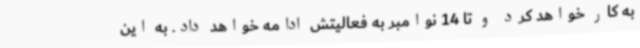
به کار خواهد کرد و تا 14 نوامبر به فعالیتش ادامه خواهد داد. به این